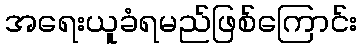
အရေးယူခံရမည်ဖြစ်ကြောင်း